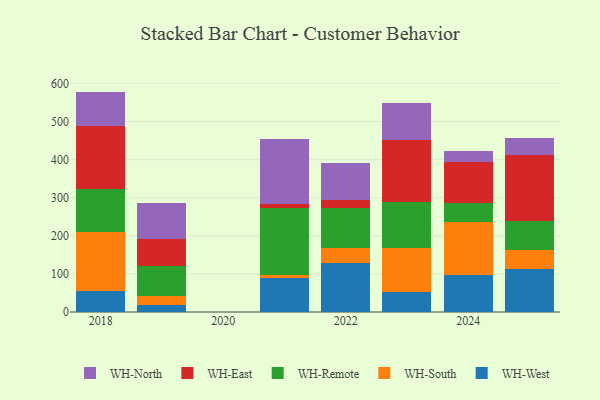
{"axis": {"x": "Year", "y": "Satisfaction Score"}, "legend": ["WH-East", "WH-North", "WH-Remote", "WH-South", "WH-West"], "data": [{"x": "2024", "y": 96.1, "type": "WH-West"}, {"x": "2024", "y": 140.9, "type": "WH-South"}, {"x": "2024", "y": 50.3, "type": "WH-Remote"}, {"x": "2024", "y": 105.4, "type": "WH-East"}, {"x": "2024", "y": 29.3, "type": "WH-North"}, {"x": "2022", "y": 128.6, "type": "WH-West"}, {"x": "2022", "y": 38.3, "type": "WH-South"}, {"x": "2022", "y": 105.9, "type": "WH-Remote"}, {"x": "2022", "y": 21.0, "type": "WH-East"}, {"x": "2022", "y": 96.2, "type": "WH-North"}, {"x": "2025", "y": 112.7, "type": "WH-West"}, {"x": "2025", "y": 51.1, "type": "WH-South"}, {"x": "2025", "y": 74.2, "type": "WH-Remote"}, {"x": "2025", "y": 175.4, "type": "WH-East"}, {"x": "2025", "y": 44.4, "type": "WH-North"}, {"x": "2023", "y": 52.1, "type": "WH-West"}, {"x": "2023", "y": 114.9, "type": "WH-South"}, {"x": "2023", "y": 122.1, "type": "WH-Remote"}, {"x": "2023", "y": 162.3, "type": "WH-East"}, {"x": "2023", "y": 97.7, "type": "WH-North"}, {"x": "2019", "y": 17.3, "type": "WH-West"}, {"x": "2019", "y": 23.6, "type": "WH-South"}, {"x": "2019", "y": 80.7, "type": "WH-Remote"}, {"x": "2019", "y": 70.1, "type": "WH-East"}, {"x": "2019", "y": 93.6, "type": "WH-North"}, {"x": "2018", "y": 54.9, "type": "WH-West"}, {"x": "2018", "y": 155.8, "type": "WH-South"}, {"x": "2018", "y": 111.3, "type": "WH-Remote"}, {"x": "2018", "y": 167.4, "type": "WH-East"}, {"x": "2018", "y": 89.2, "type": "WH-North"}, {"x": "2021", "y": 90.3, "type": "WH-West"}, {"x": "2021", "y": 6.2, "type": "WH-South"}, {"x": "2021", "y": 175.3, "type": "WH-Remote"}, {"x": "2021", "y": 10.9, "type": "WH-East"}, {"x": "2021", "y": 171.4, "type": "WH-North"}]}